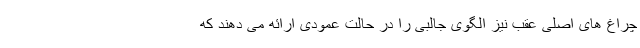
چراغ های اصلی عقب نیز الگوی جالبی را در حالت عمودی ارائه می دهند که